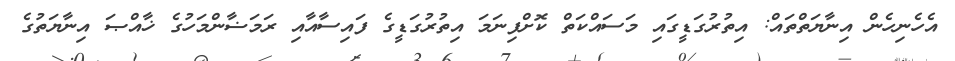
އެހެނިހެން އިނާޔަތްތައް: އިތުރުގަޑީގައި މަސައްކަތް ކޮށްފިނަމަ އިތުރުގަޑީގެ ފައިސާއާއި ރަމަޟާންމަހުގެ ޚާއްޞަ އިނާޔަތުގެ